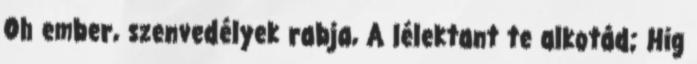
Oh ember, szenvedélyek rabja, A lélektant te alkotád; Hig